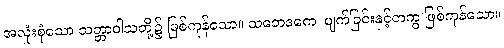
အလုံးစုံသော သတ္တာဝါသတို့၌ ဖြစ်ကုန်သော။ သဘေဒကေ၊ ပျက်ခြင်းနှင့်တကွ ဖြစ်ကုန်သော။